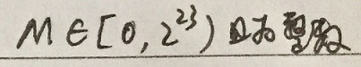
$M\in[0,2^{23}) $且为整数